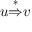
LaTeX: u { \stackrel { * } { \Rightarrow } } v